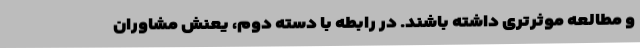
و مطالعه موثرتری داشته باشند. در رابطه با دسته دوم، یعنش مشاوران